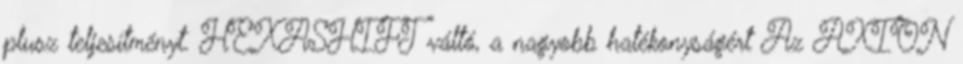
plusz teljesítményt. HEXASHIFT váltó, a nagyobb hatékonyságért Az AXION